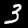
Label: 3